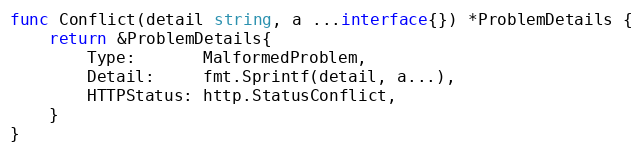
Language: Go
func Conflict(detail string, a ...interface{}) *ProblemDetails {
	return &ProblemDetails{
		Type:       MalformedProblem,
		Detail:     fmt.Sprintf(detail, a...),
		HTTPStatus: http.StatusConflict,
	}
}